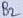
Text: B2